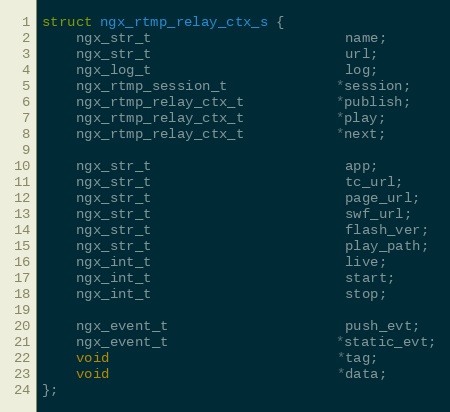
Language: C
struct ngx_rtmp_relay_ctx_s {
    ngx_str_t                       name;
    ngx_str_t                       url;
    ngx_log_t                       log;
    ngx_rtmp_session_t             *session;
    ngx_rtmp_relay_ctx_t           *publish;
    ngx_rtmp_relay_ctx_t           *play;
    ngx_rtmp_relay_ctx_t           *next;

    ngx_str_t                       app;
    ngx_str_t                       tc_url;
    ngx_str_t                       page_url;
    ngx_str_t                       swf_url;
    ngx_str_t                       flash_ver;
    ngx_str_t                       play_path;
    ngx_int_t                       live;
    ngx_int_t                       start;
    ngx_int_t                       stop;

    ngx_event_t                     push_evt;
    ngx_event_t                    *static_evt;
    void                           *tag;
    void                           *data;
};